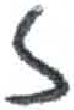
אות: ז